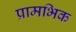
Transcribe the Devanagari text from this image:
प्रामभिक